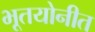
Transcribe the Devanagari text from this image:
भूतयोनीत